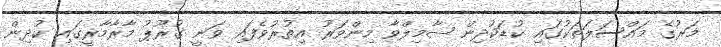
މަރުގެ މައްސަލަތަކުގައި ކުޑަކުދިން ޝާމިލްވާ މިންވަރު އިތުރުވެފައި ވަނީ ގުރޫޕު މާރާމާރީގައި ކުދިން